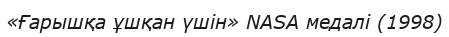
«Ғарышқа ұшқан үшін» NASA медалі (1998)